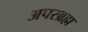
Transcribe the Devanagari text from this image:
अपरब्रह्म